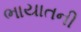
ભાયાતની